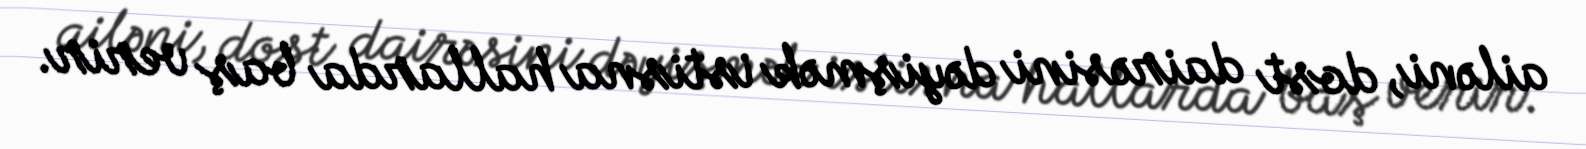
ailəni, dost dairəsini dəyişmək istisna hallarda baş verir.